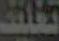
تغليف